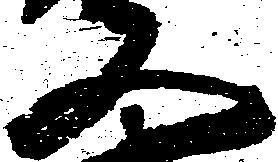
又